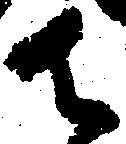
御